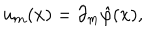
u _ { m } ( x ) = \partial _ { m } \hat { \varphi } ( x ) ,